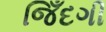
જિઁદગી